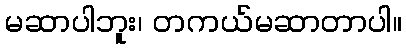
မဆာပါဘူး၊ တကယ်မဆာတာပါ။